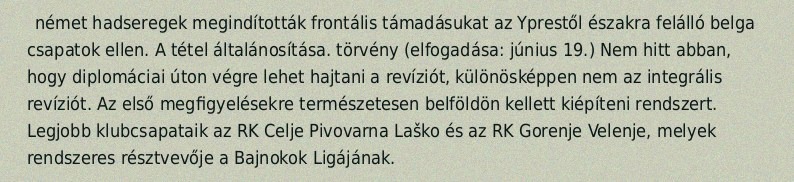
német hadseregek megindították frontális támadásukat az Yprestől északra felálló belga csapatok ellen. A tétel általánosítása. törvény (elfogadása: június 19.) Nem hitt abban, hogy diplomáciai úton végre lehet hajtani a revíziót, különösképpen nem az integrális revíziót. Az első megfigyelésekre természetesen belföldön kellett kiépíteni rendszert. Legjobb klubcsapataik az RK Celje Pivovarna Laško és az RK Gorenje Velenje, melyek rendszeres résztvevője a Bajnokok Ligájának.